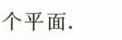
个平面.